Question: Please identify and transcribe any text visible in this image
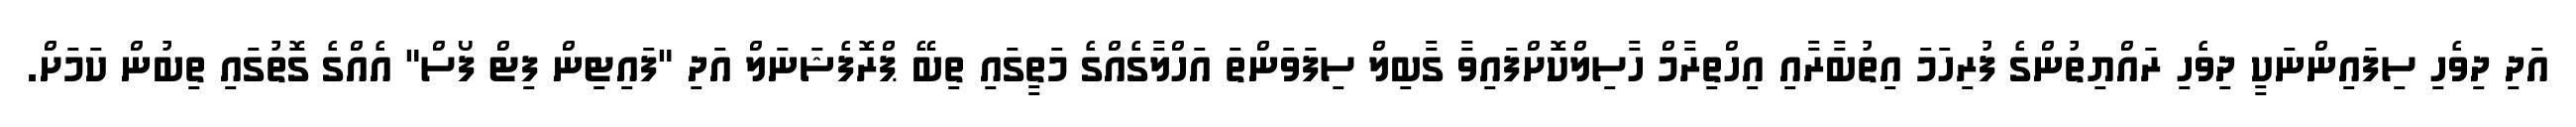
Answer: އަދި ދިވެހި ސިފައިންނަކީ ދިވެހި ރައްޔިތުންގެ ފުރިހަމަ އިތުބާރާއި އިހްތިރާމް ހާސިލްކޮށްފައިވާ ގާބިލް ސިފަވަންތަ އަހްލާގެއްގެ މަތީގައި ތިބޭ ޕްރޮފެޝަނަލް އަދި "ފައިޓިން ފިޓް ފޯސް" އެއްގެ ގޮތުގައި ތިބުން ކަމަށް.